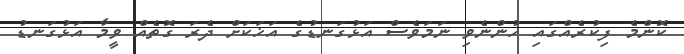
ކޮންމެ ފިކުރެއްގައި ހުންނެވި ނަމަވެސް އަޅުގަނޑުގެ އަޚަކަށް ދެރަ ގޮތެއް ވީމާ އަޅުގަނޑު